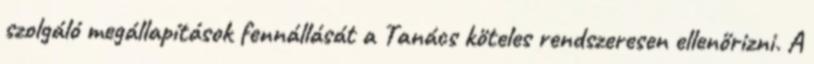
szolgáló megállapítások fennállását a Tanács köteles rendszeresen ellenőrizni. A